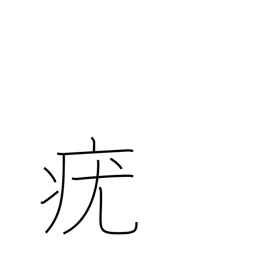
Meaning: wart